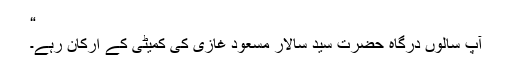
“
آپ سالوں درگاہ حضرت سید سالار مسعود غازیؒ کی کمیٹی کے ارکان رہے۔